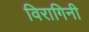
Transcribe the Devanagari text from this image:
विरागिनी